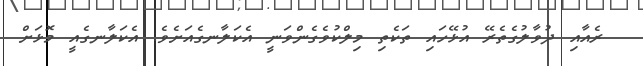
ރެއާއި ދުވާލުގެތެރޭ އުޅޭހައި ތަކެތި މިލްކުވެގެންވަނީ އެކަލާނގެއަށެވެ. އެކަލާނގެއީ މޮޅަށް